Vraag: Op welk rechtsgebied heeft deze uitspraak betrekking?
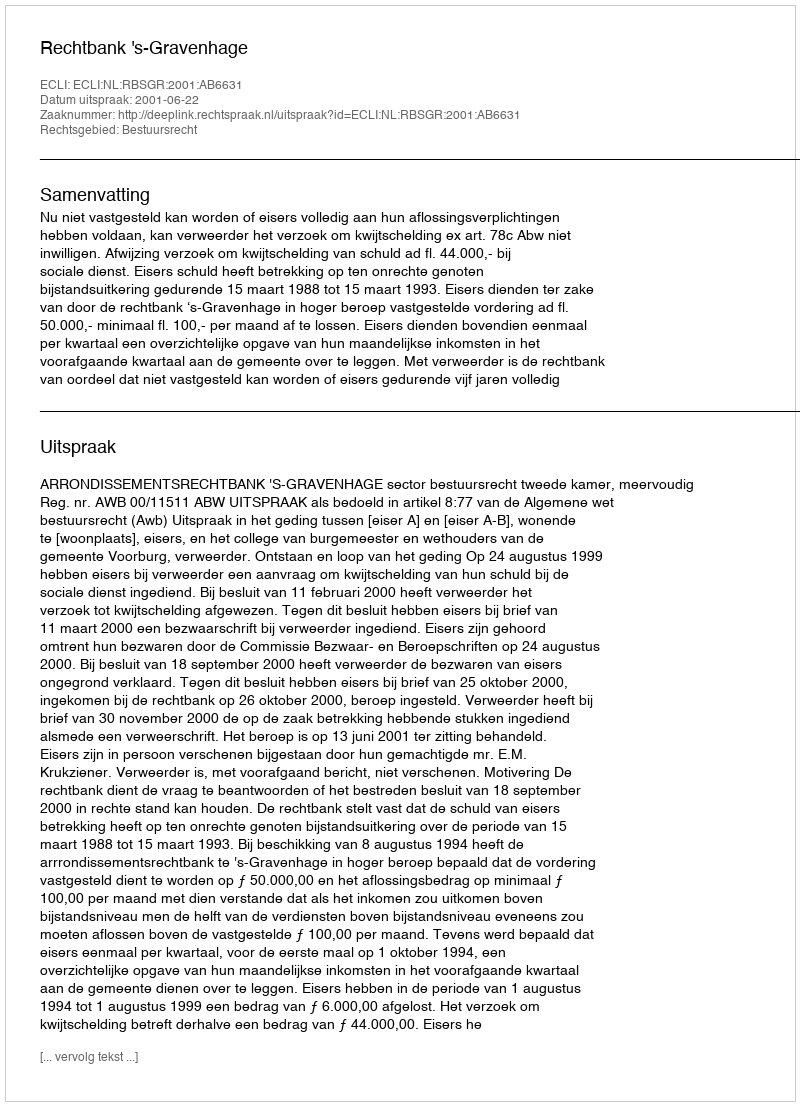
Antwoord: Bestuursrecht